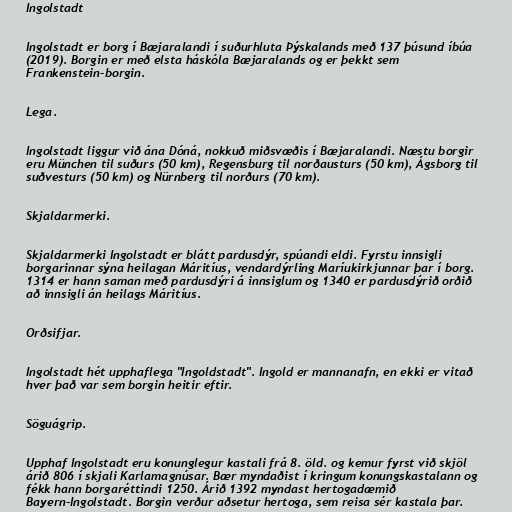
Ingolstadt

Ingolstadt er borg í Bæjaralandi í suðurhluta Þýskalands með 137 þúsund íbúa
(2019). Borgin er með elsta háskóla Bæjaralands og er þekkt sem
Frankenstein-borgin.

Lega.

Ingolstadt liggur við ána Dóná, nokkuð miðsvæðis í Bæjaralandi. Næstu borgir
eru München til suðurs (50 km), Regensburg til norðausturs (50 km), Ágsborg til
suðvesturs (50 km) og Nürnberg til norðurs (70 km).

Skjaldarmerki.

Skjaldarmerki Ingolstadt er blátt pardusdýr, spúandi eldi. Fyrstu innsigli
borgarinnar sýna heilagan Máritíus, vendardýrling Maríukirkjunnar þar í borg.
1314 er hann saman með pardusdýri á innsiglum og 1340 er pardusdýrið orðið
að innsigli án heilags Máritíus.

Orðsifjar.

Ingolstadt hét upphaflega "Ingoldstadt". Ingold er mannanafn, en ekki er vitað
hver það var sem borgin heitir eftir.

Söguágrip.

Upphaf Ingolstadt eru konunglegur kastali frá 8. öld. og kemur fyrst við skjöl
árið 806 í skjali Karlamagnúsar. Bær myndaðist í kringum konungskastalann og
fékk hann borgaréttindi 1250. Árið 1392 myndast hertogadæmið
Bayern-Ingolstadt. Borgin verður aðsetur hertoga, sem reisa sér kastala þar.